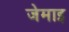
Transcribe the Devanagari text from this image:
जेमाइ